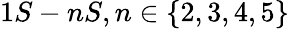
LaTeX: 1S-nS,n\in\{ 2,3,4,5\}